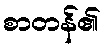
စာတန်၏